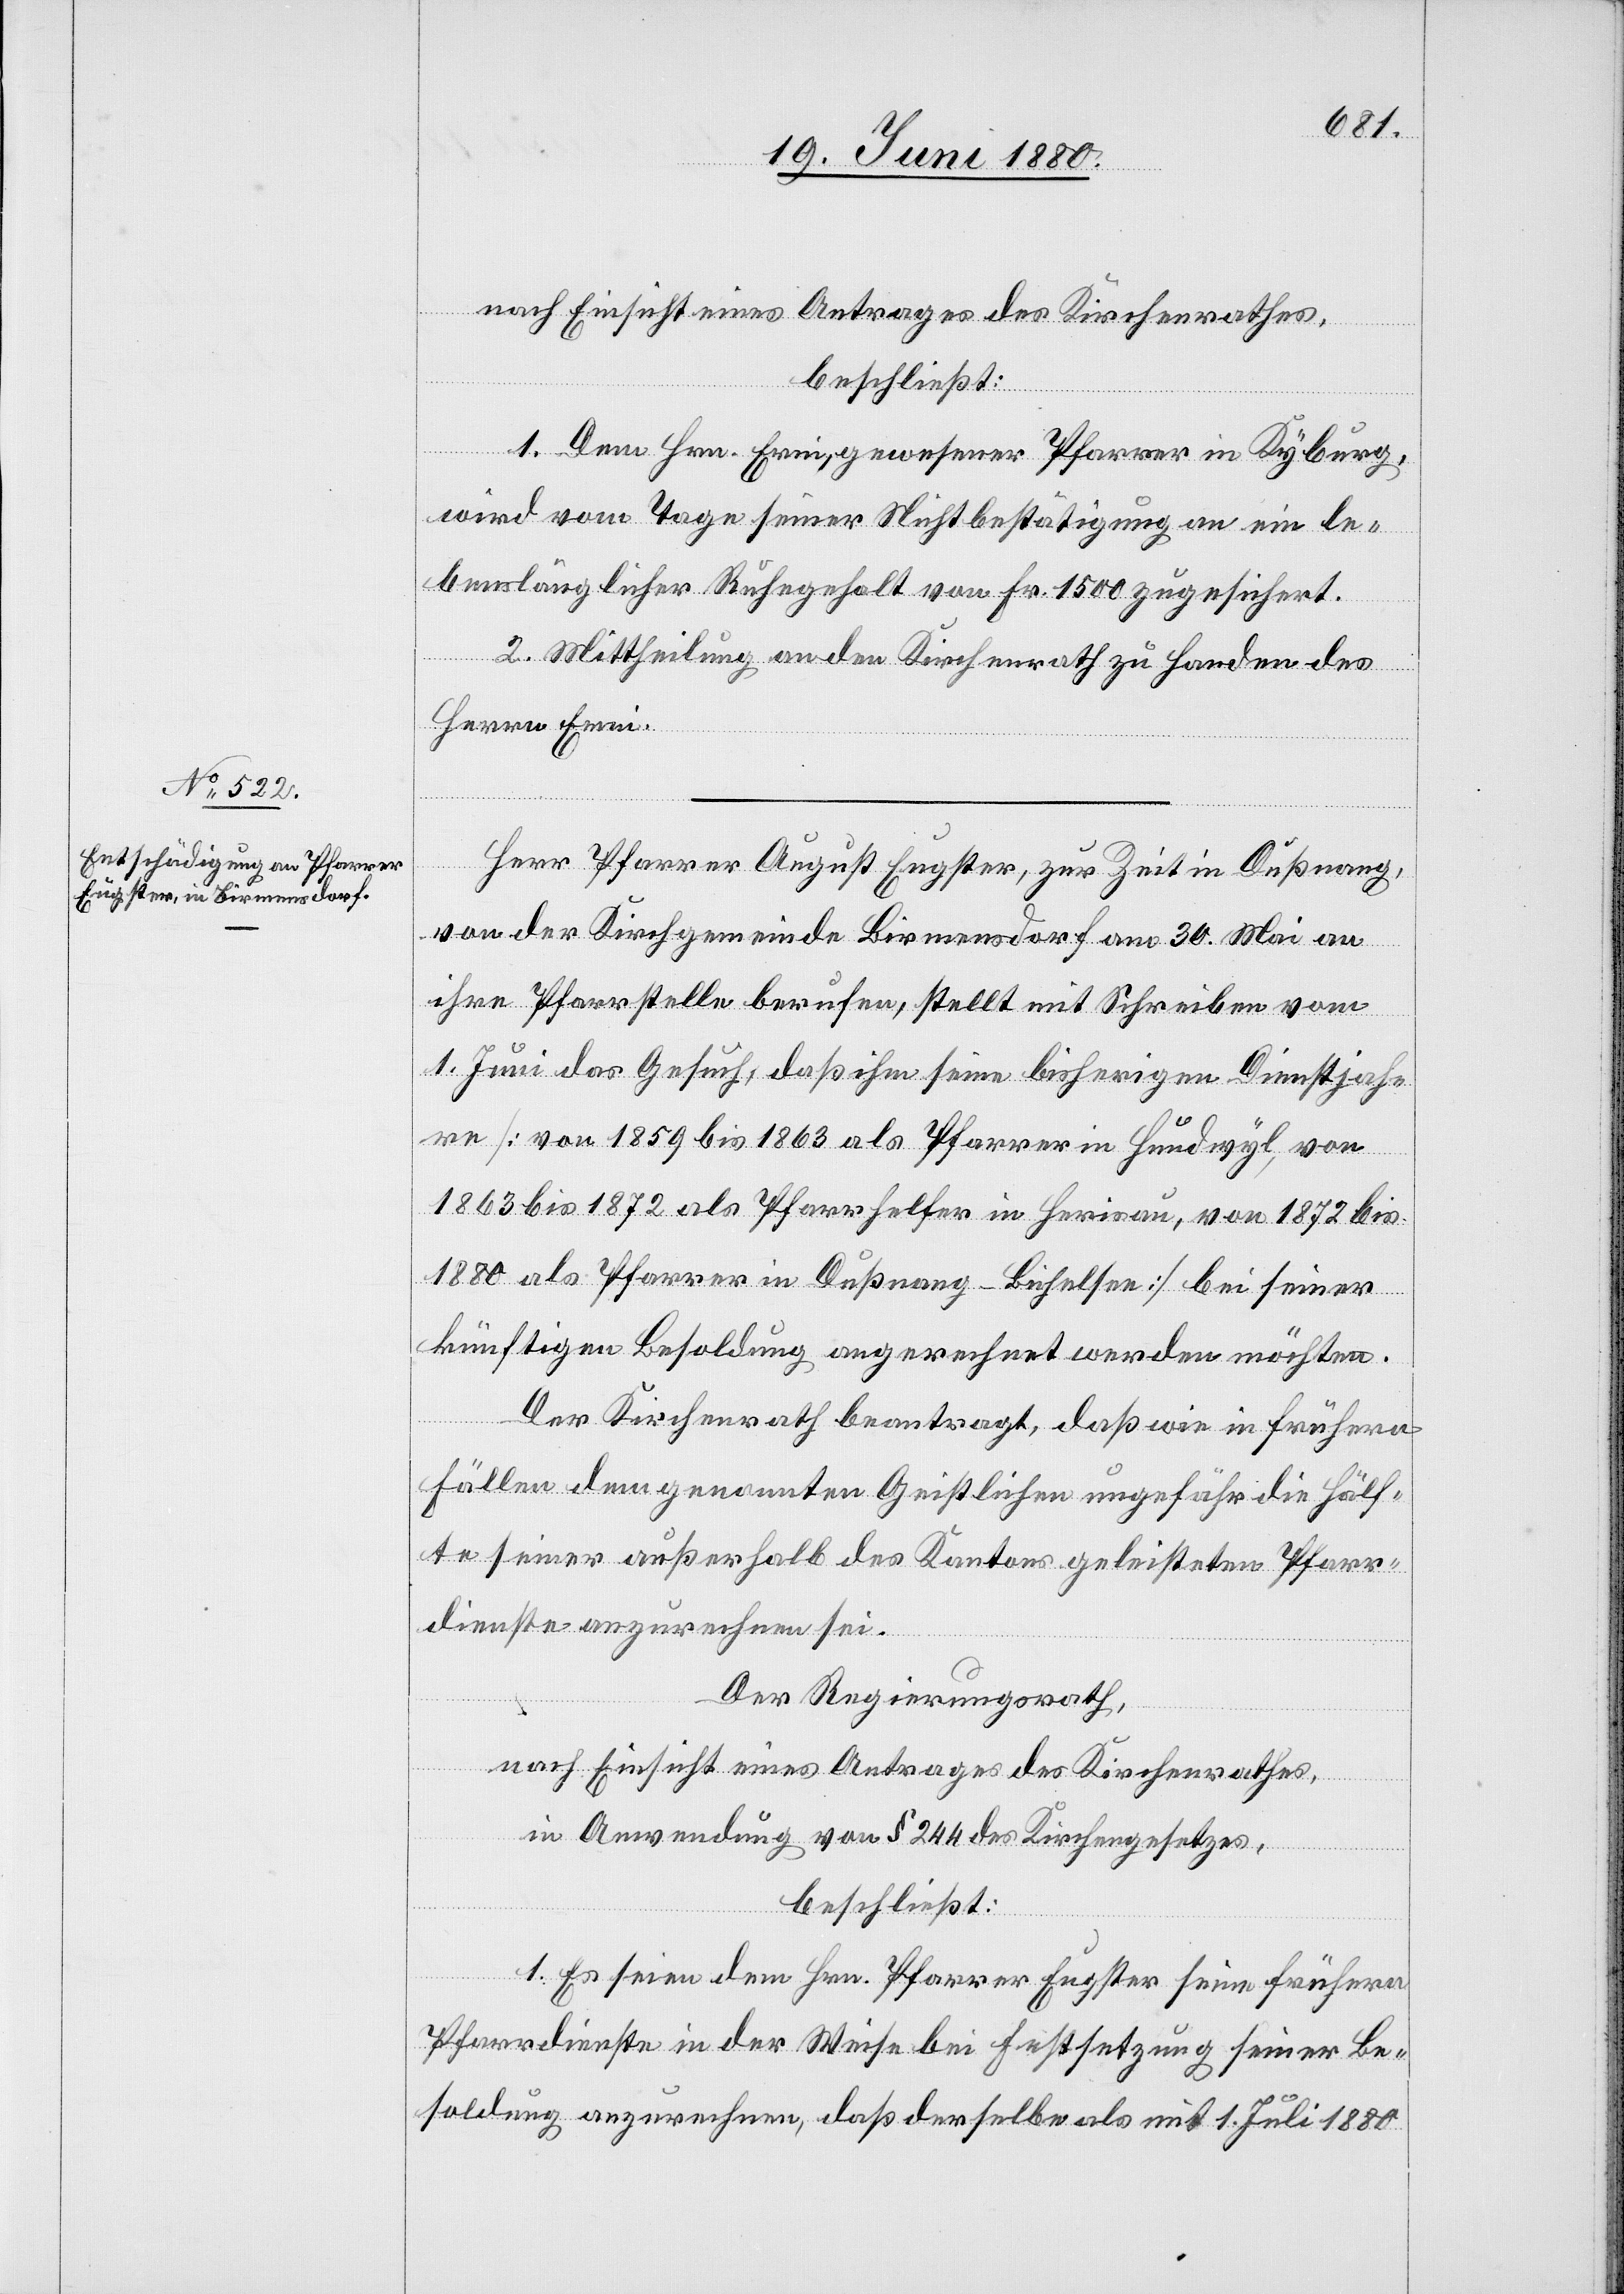
nach Einsicht eines Antrages des Kirchenrathes,
beschließt:
1. Dem Hrn. Erni, gewesener Pfarrer in Kyburg,
wird vom Tage seiner Nichtbestätigung an ein le¬
benslänglicher Ruhegehalt von Fr. 1500 zugesichert.
2. Mittheilung an den Kirchenrath zu Handen des
Herrn Erni.
Herr Pfarrer August Eugster, zur Zeit in Dußnang,
von der Kirchgemeinde Birmensdorf am 30. Mai an
ihre Pfarrstelle berufen, stellt mit Schreiben vom
1. Juni das Gesuch, daß ihm seine bisherigen Dienstjah¬
re [von 1859 bis 1863 als Pfarrer in Hundwyl, von
1863 bis 1872 als Pfarrhelfer in Herisau, von 1872 bis
1880 als Pfarrer in Dußnang - Bichelsen] bei seiner
künftigen Besoldung angerechnet werden möchten.
Der Kirchenrath beantragt, daß wie in frühern
Fällen dem genannten Geistlichen ungefähr die Hälf¬
te seiner außerhalb des Kantons geleisteten Pfarr¬
dienste anzurechnen sei.
Der Regierungsrath;
nach Einsicht eines Antrages des Kirchenrathes,
in Anwendung von § 244 des Kirchengesetzes,
beschließt:
1. Es seien dem Hrn. Pfarrer Eugster seine frühern
Pfarrdienste in der Weise bei Festsetzung seiner Be¬
soldung anzurechnen, daß derselbe als mit 1. Juli 1880